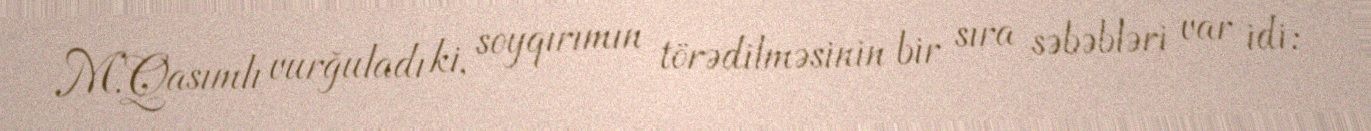
M.Qasımlı vurğuladı ki, soyqırımın törədilməsinin bir sıra səbəbləri var idi: